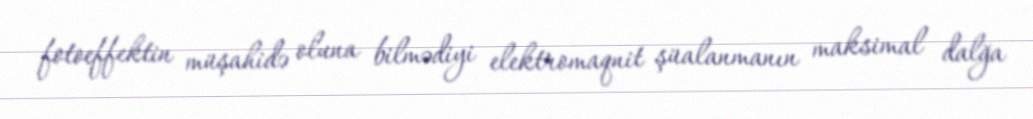
fotoeffektin müşahidə oluna bilmədiyi elektromaqnit şüalanmanın maksimal dalğa